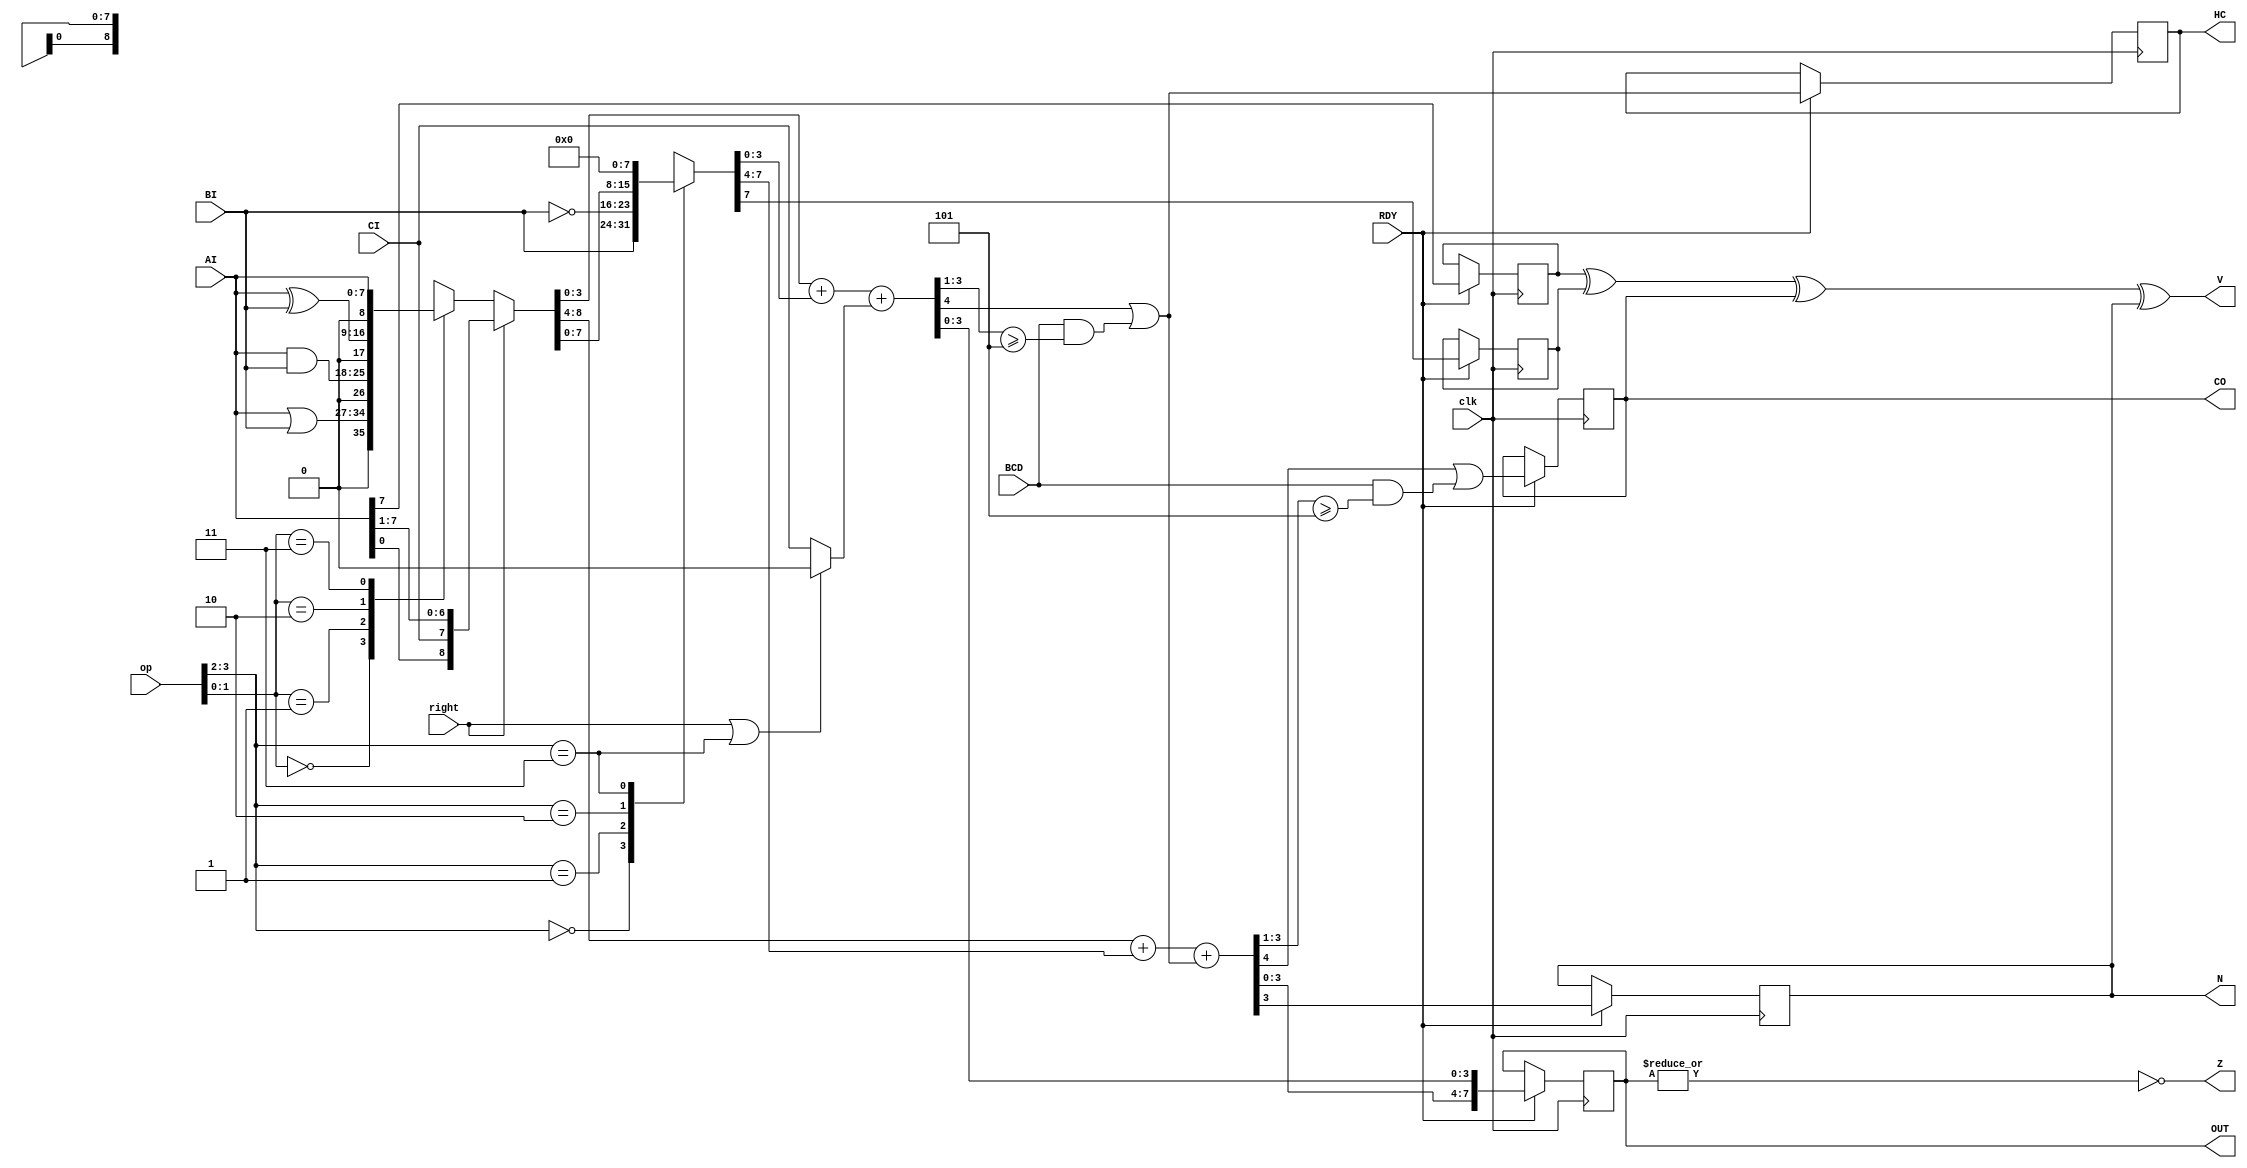
// This program was cloned from: https://github.com/alangarf/apple-one
// License: Apache License 2.0

/*
 * ALU.
 *
 * AI and BI are 8 bit inputs. Result in OUT.
 * CI is Carry In.
 * CO is Carry Out.
 *
 * op[3:0] is defined as follows:
 *
 * 0011   AI + BI
 * 0111   AI - BI
 * 1011   AI + AI
 * 1100   AI | BI
 * 1101   AI & BI
 * 1110   AI ^ BI
 * 1111   AI
 *
 */

module ALU( clk, op, right, AI, BI, CI, CO, BCD, OUT, V, Z, N, HC, RDY );
	input clk;
	input right;
	input [3:0] op;		// operation
	input [7:0] AI;
	input [7:0] BI;
	input CI;
	input BCD;		// BCD style carry
	output [7:0] OUT;
	output CO;
	output V;
	output Z;
	output N;
	output HC;
	input RDY;

reg [7:0] OUT;
reg CO;
wire V;
wire Z;
reg N;
reg HC;

reg AI7;
reg BI7;
reg [8:0] temp_logic;
reg [7:0] temp_BI;
reg [4:0] temp_l;
reg [4:0] temp_h;
wire [8:0] temp = { temp_h, temp_l[3:0] };
wire adder_CI = (right | (op[3:2] == 2'b11)) ? 0 : CI;

// calculate the logic operations. The 'case' can be done in 1 LUT per
// bit. The 'right' shift is a simple mux that can be implemented by
// F5MUX.
always @*  begin
	case( op[1:0] )
	    2'b00: temp_logic = AI | BI;
	    2'b01: temp_logic = AI & BI;
	    2'b10: temp_logic = AI ^ BI;
	    2'b11: temp_logic = AI;
	endcase

	if( right )
	    temp_logic = { AI[0], CI, AI[7:1] };
end

// Add logic result to BI input. This only makes sense when logic = AI.
// This stage can be done in 1 LUT per bit, using carry chain logic.
always @* begin
	case( op[3:2] )
	    2'b00: temp_BI = BI;	// A+B
	    2'b01: temp_BI = ~BI;	// A-B
	    2'b10: temp_BI = temp_logic;	// A+A
	    2'b11: temp_BI = 0;		// A+0
	endcase	
end

// HC9 is the half carry bit when doing BCD add
wire HC9 = BCD & (temp_l[3:1] >= 3'd5);

// CO9 is the carry-out bit when doing BCD add
wire CO9 = BCD & (temp_h[3:1] >= 3'd5);

// combined half carry bit
wire temp_HC = temp_l[4] | HC9;

// perform the addition as 2 separate nibble, so we get
// access to the half carry flag
always @* begin
	temp_l = temp_logic[3:0] + temp_BI[3:0] + adder_CI;
	temp_h = temp_logic[8:4] + temp_BI[7:4] + temp_HC;
end

// calculate the flags 
always @(posedge clk)
    if( RDY ) begin
	AI7 <= AI[7];
	BI7 <= temp_BI[7];
	OUT <= temp[7:0];
	CO  <= temp[8] | CO9;
	N   <= temp[7];
	HC  <= temp_HC;
    end

assign V = AI7 ^ BI7 ^ CO ^ N;
assign Z = ~|OUT;

endmodule